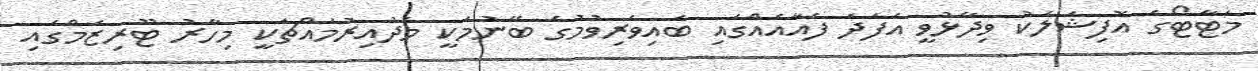
މަޓާޓޯގެ އޮފިޝަލަކު ވިދާޅުވީ އެފަދަ ފެއާއެއްގައި ބައިވެރިވުމުގެ ބޭނުމަކީ މެދުއިރުމައްޗަކީ މިހާރު ޓޫރިޒަމްގައި